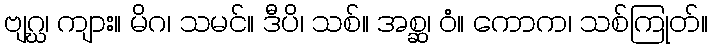
ဗျဂ္ဃ၊ ကျား။ မိဂ၊ သမင်။ ဒီပိ၊ သစ်။ အစ္ဆ၊ ဝံ။ ကောက၊ သစ်ကြုတ်။